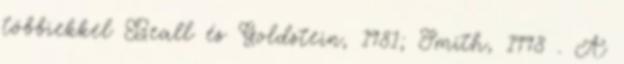
többiekkel Beall és Goldstein, 1981; Smith, 1998 . A